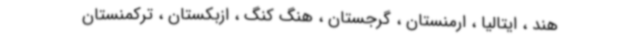
هند ، ایتالیا ، ارمنستان ، گرجستان ، هنگ کنگ ، ازبکستان ، ترکمنستان